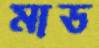
মাড